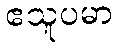
ဧသူပမာ